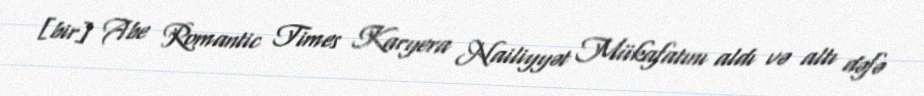
[bir] Abe Romantic Times Karyera Nailiyyət Mükafatını aldı və altı dəfə